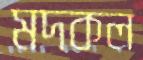
মদকল